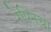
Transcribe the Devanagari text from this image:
रेपिनचा